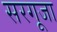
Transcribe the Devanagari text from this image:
सरगूजा